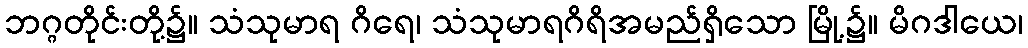
ဘဂ္ဂတိုင်းတို့၌။ သံသုမာရ ဂိရေ၊ သံသုမာရဂိရိအမည်ရှိသော မြို့၌။ မိဂဒါယေ၊